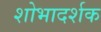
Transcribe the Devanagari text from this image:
शोभादर्शक